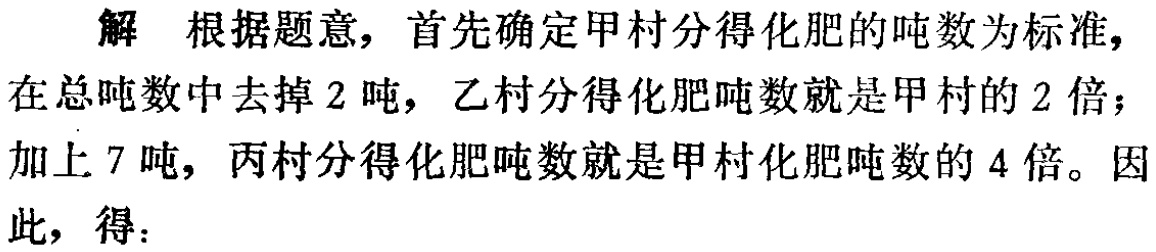
解 根据题意，首先确定甲村分得化肥的吨数为标准，在总吨数中去掉 \(2\) 吨，乙村分得化肥吨数就是甲村的 \(2\) 倍；加上 \(7\) 吨，丙村分得化肥吨数就是甲村化肥吨数的 \(4\) 倍。因此，得：